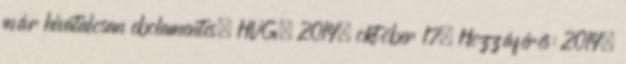
már hivatalosan ebolamentes. HVG, 2014. október 17. Hozzáférés: 2014.